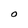
Character: O